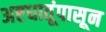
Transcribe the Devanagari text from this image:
अष्टधातूंपासून